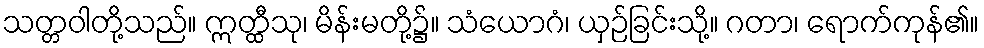
သတ္တဝါတို့သည်။ ဣတ္ထီသု၊ မိန်းမတို့၌။ သံယောဂံ၊ ယှဉ်ခြင်းသို့။ ဂတာ၊ ရောက်ကုန်၏။